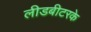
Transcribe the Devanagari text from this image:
लीडबीटरके